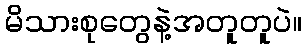
မိသားစုတွေနဲ့အတူတူပဲ။